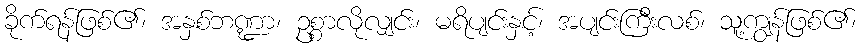
ခိုက်ရန်ဖြစ်၏၊ အနှစ်ဘဏ္ဍာ၊ ဥစ္စာလိုလျှင်း၊ မရိပျင်းနှင့်၊ အပျင်းကြီးလစ်၊ သူ့ကျွန်ဖြစ်၏၊